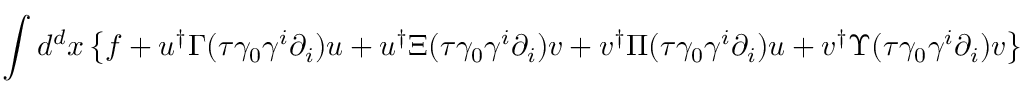
\int d ^ { d } x \left\{ f + u ^ { \dagger } \Gamma ( \tau \gamma _ { 0 } \gamma ^ { i } \partial _ { i } ) u + u ^ { \dagger } \Xi ( \tau \gamma _ { 0 } \gamma ^ { i } \partial _ { i } ) { v } + { v } ^ { \dagger } \Pi ( \tau \gamma _ { 0 } \gamma ^ { i } \partial _ { i } ) u + { v } ^ { \dagger } \Upsilon ( \tau \gamma _ { 0 } \gamma ^ { i } \partial _ { i } ) { v } \right\} .